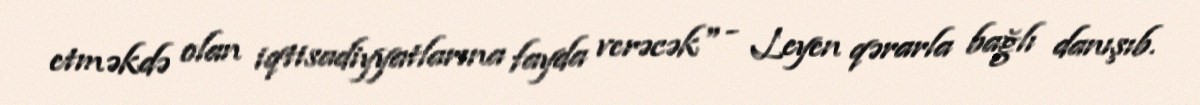
etməkdə olan iqtisadiyyatlarına fayda verəcək" - Leyen qərarla bağlı danışıb.